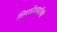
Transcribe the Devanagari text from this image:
शिवशीशधारिणी